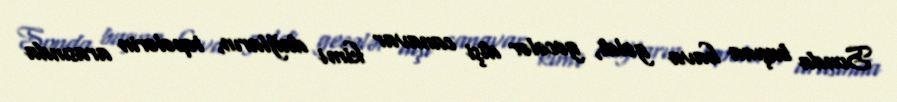
Sonda başına hava gəldi, gecələr dişi canavar kimi dağların, təpələrin arasında